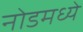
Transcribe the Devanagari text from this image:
नोडमध्ये